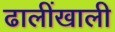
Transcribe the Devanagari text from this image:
ढालींखाली